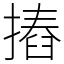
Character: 摏